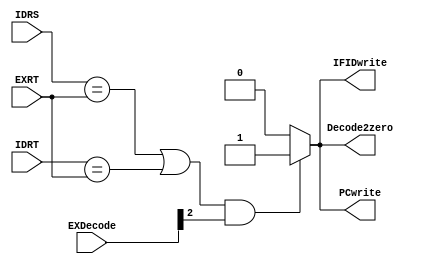
module Hazard_detect(IDRS,IDRT,EXDecode,EXRT,PCwrite,IFIDwrite,Decode2zero);
input [4:0] IDRS;
input [4:0] IDRT;
input [10:0] EXDecode;
input [4:0] EXRT;
output reg PCwrite;
output reg IFIDwrite;
output reg Decode2zero;



always @(*) begin
if((IDRS==EXRT||IDRT==EXRT)&&EXDecode[2])	begin
PCwrite<=1;
IFIDwrite<=1;
Decode2zero<=1;
end
else	begin
PCwrite<=0;
IFIDwrite<=0;
Decode2zero<=0;
end
end

endmodule